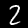
Digit: 2